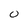
Character: 0